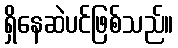
ရှိနေဆဲပင်ဖြစ်သည်။